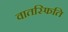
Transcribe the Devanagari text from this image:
वातस्फिति